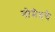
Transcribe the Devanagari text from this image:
गोमेदचे